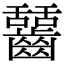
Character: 𪙬